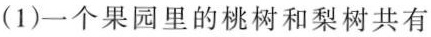
(1)一个果园里的桃树和梨树共有